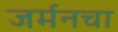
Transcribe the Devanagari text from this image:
जर्मनचा